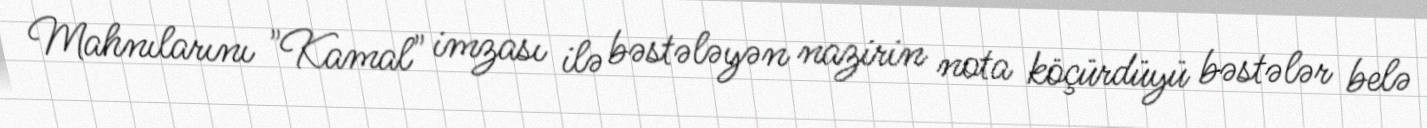
Mahnılarını "Kamal" imzası ilə bəstələyən nazirin nota köçürdüyü bəstələr belə